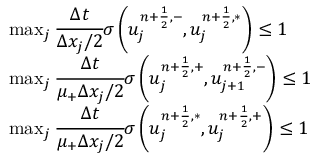
\begin{array} { r l } & { \operatorname* { m a x } _ { j } \cfrac { \Delta t } { \Delta x _ { j } / 2 } \sigma \left( u _ { j } ^ { n + \frac { 1 } { 2 } , - } , u _ { j } ^ { n + \frac { 1 } { 2 } , \ast } \right) \leq 1 } \\ & { \operatorname* { m a x } _ { j } \cfrac { \Delta t } { \mu _ { + } \Delta x _ { j } / 2 } \sigma \left( u _ { j } ^ { n + \frac { 1 } { 2 } , + } , u _ { j + 1 } ^ { n + \frac { 1 } { 2 } , - } \right) \leq 1 } \\ & { \operatorname* { m a x } _ { j } \cfrac { \Delta t } { \mu _ { + } \Delta x _ { j } / 2 } \sigma \left( u _ { j } ^ { n + \frac { 1 } { 2 } , \ast } , u _ { j } ^ { n + \frac { 1 } { 2 } , + } \right) \leq 1 } \end{array}